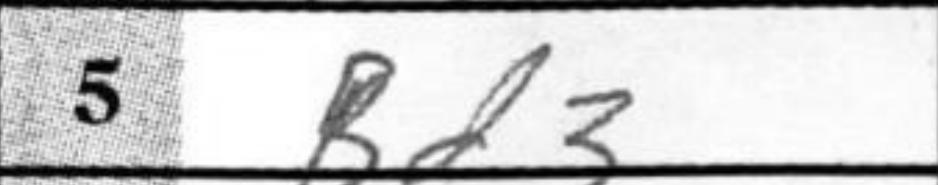
Transcription: Bd3